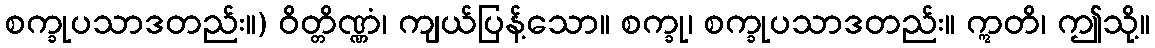
စက္ခုပသာဒတည်း။) ဝိတ္တိဏ္ဏံ၊ ကျယ်ပြန့်သော။ စက္ခု၊ စက္ခုပသာဒတည်း။ ဣတိ၊ ဤသို့။